Annual report on the working of the mental hospitals in the Madras Presidency - 1912-1932
Year: 1912
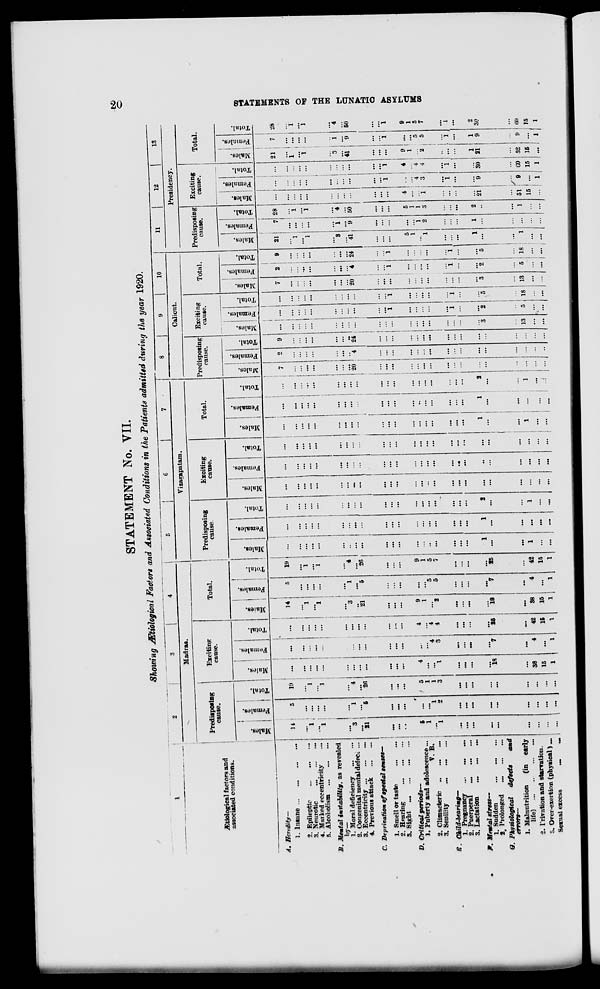
20
STATEMENTS OF THE LUNATIC ASYLUMS
STATEMENT No. VII.
Showing Ætiological Factors and Associated Conditions in the Patients admitted during the year 1920.
1
Ætiological factors and
associated conditions.
A. Heredity—
1. Insane
...
...
...
...
2. Epileptic
...
...
...
3. Neurotic
...
...
...
4. Marked eccentricity ...
5. Alcoholism
...
...
...
B. Mental instability,
as revealed
by—
1. Moral deficiency
...
...
2. Congenital mental defect. ...
3. Eccentricity
...
...
...
4. Previous attack
...
...
C. Deprivation of special senses—
1. Smell or taste
...
...
2. Hearing
...
...
...
3. Sight
...
...
...
...
D. Critical
periods—
1. Puberty and adolescence ...
V. B.
2.Climacteric ... ... ...
3. Senility ... ... ...
E. Child-bearing—
1. Pregnancy
...
...
...
2. Puerperal
...
...
...
3. Lactation
...
...
...
F. Mental stress—
1.Sudden ... ... ...
2. Prolonged
...
...
...
G. Physiological defects and
errors—
1. Malnutrition
(in early
life)
...
...
...
...
2. Privation and starvation.
3. Over-exertion (physical) ...
Sexual excess
...
...
2
3
4
Madras.
Predisposing
cause.
Males.
14
...
1
...
1
...
3
...
21
...
...
...
5
1
...
1
...
...
...
...
...
...
...
...
...
Females.
5
...
...
...
...
...
1
...
5
...
...
...
...
...
1
2
...
...
...
...
...
...
...
...
...
Total.
19
...
1
...
1
...
4
...
26
...
...
...
5
1
1
3
...
...
...
...
...
...
...
...
...
Exciting
cause.
Males.
...
...
...
...
...
...
...
...
...
...
...
...
4
...
...
1
...
...
...
...
18
...
38
15
1
Females.
...
...
...
...
...
...
...
...
...
...
...
...
...
...
4
3
...
...
...
...
7
...
4
...
1
Total.
...
...
...
...
...
...
...
...
...
...
...
...
4
...
4
4
...
...
...
...
25
...
42
15
1
Total.
Males.
14
...
1
...
1
...
3
...
21
...
...
...
9
1
...
2
...
...
...
...
18
...
38
15
1
Females.
5
...
...
...
...
...
1
...
5
...
...
...
...
...
5
5
...
...
...
...
7
...
4
...
1
Total.
19
...
1
...
1
...
4
...
26
...
...
...
9
1
5
7
...
...
...
...
25
...
42
15
1
5
6
7
Vizagapatam.
Predisposing
cause.
Males.
...
...
...
...
...
...
..
...
...
...
...
...
...
...
...
...
...
...
...
1
...
...
1
...
...
Females.
...
...
...
...
...
...
...
...
...
...
...
...
...
...
...
...
...
...
...
1
...
...
...
...
...
Total.
...
...
...
...
...
...
...
...
...
...
...
...
...
...
...
...
...
...
...
2
...
...
1
...
...
Exciting
cause.
Males.
...
...
...
...
...
...
...
...
...
...
...
...
...
...
...
...
...
...
...
...
...
...
...
...
...
Females.
...
...
...
...
...
...
...
...
...
...
...
...
...
...
...
...
...
...
...
...
...
...
...
...
...
Total.
...
...
...
...
...
...
...
...
...
...
...
...
...
...
...
...
...
...
...
...
...
...
...
...
...
Total.
Males.
...
...
...
...
...
...
...
...
...
...
...
...
...
...
...
...
...
...
...
1
...
...
1
...
...
Females.
...
...
...
...
...
...
...
...
...
...
...
...
...
...
...
...
...
...
...
1
...
...
...
...
...
Total.
...
...
...
...
...
...
...
...
...
...
...
...
...
...
...
...
...
...
...
2
...
...
1
...
...
8
9
10
Calicut.
Predisposing
cause.
Males.
7
...
...
...
...
...
...
...
20
...
...
...
...
...
...
...
...
...
...
...
...
...
...
...
...
Females.
2
...
...
...
...
...
...
...
4
...
...
...
...
...
...
...
...
...
...
...
...
...
...
...
...
Total.
9
...
...
...
...
...
...
...
24
...
...
...
...
...
...
...
...
...
...
...
...
...
...
...
...
Exciting
cause.
Males.
...
...
...
...
...
...
...
...
...
...
...
...
...
...
...
...
...
...
...
...
3
...
13
...
...
Females.
...
...
...
...
...
...
...
...
...
...
...
1
...
...
...
...
...
1
...
...
2
...
5
...
...
Total.
...
...
...
...
...
...
...
...
...
...
...
1
...
...
...
...
...
1
...
...
5
...
18
...
...
Total.
Males.
7
...
...
...
...
...
...
...
20
...
...
...
...
...
...
...
...
...
...
...
3
...
13
...
...
Females.
2
...
...
...
...
...
...
...
4
...
...
1
...
...
...
...
...
1
...
...
2
...
5
...
...
Total.
9
...
...
...
...
...
...
...
24
...
...
1
...
...
...
...
...
1
...
...
5
...
18
...
...
11
12
13
Presidency.
Predisposing
cause.
Males.
21
...
1
...
1
...
3
...
41
...
...
...
5
1
...
1
...
...
...
1
...
...
1
...
...
Females.
7
...
...
...
...
...
1
...
9
...
...
...
...
...
1
2
...
...
...
1
...
...
...
...
...
Total.
28
...
1
...
1
...
4
...
50
...
...
...
5
1
1
3
...
...
...
2
...
...
1
...
...
Exciting
cause.
Males.
...
...
...
...
...
...
...
...
...
...
...
...
4
...
...
1
...
...
...
...
21
...
51
15
...
Females.
...
...
...
...
...
...
...
...
...
...
...
1
...
...
4
3
...
1
...
...
9
...
9
...
1
Total.
...
...
...
...
...
...
...
...
...
...
...
1
4
...
4
4
...
1
...
...
30
...
60
15
1
Total.
Males.
21
...
1
...
1
...
3
...
41
...
...
...
9
1
...
2
...
...
...
1
21
...
52
15
...
Females.
7
...
...
...
...
...
1
...
9
...
...
1
...
...
5
5
...
1
...
1
9
...
9
...
1
Total.
28
...
1
...
1
...
4
...
50
...
...
1
9
1
5
7
...
1
...
2
30
...
60
15
1